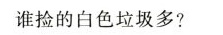
谁捡的白色垃圾多?